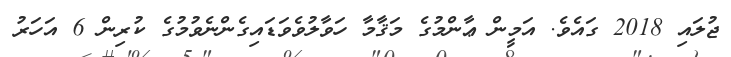
ޖުލައި 2018 ގައެވެ. އަމީން ޢާންމުގެ މަޤާމާ ހަވާލުވެވަޑައިގެންނެވުމުގެ ކުރިން 6 އަހަރު